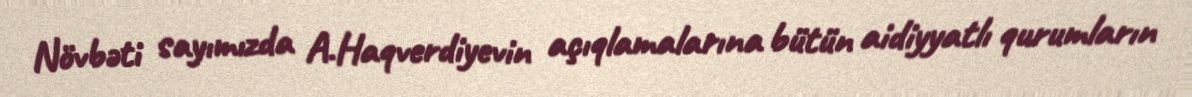
Növbəti sayımızda A.Haqverdiyevin açıqlamalarına bütün aidiyyatlı qurumların